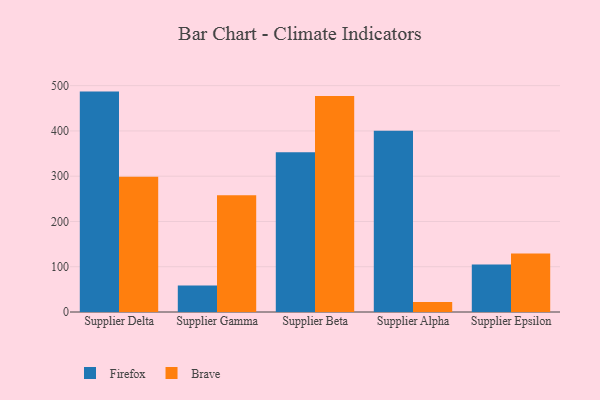
{"axis": {"x": "Supplier", "y": "Active Users"}, "legend": ["Brave", "Firefox"], "data": [{"x": "Supplier Delta", "y": 486.9, "type": "Firefox"}, {"x": "Supplier Delta", "y": 298.7, "type": "Brave"}, {"x": "Supplier Gamma", "y": 58.3, "type": "Firefox"}, {"x": "Supplier Gamma", "y": 257.9, "type": "Brave"}, {"x": "Supplier Beta", "y": 353.0, "type": "Firefox"}, {"x": "Supplier Beta", "y": 477.1, "type": "Brave"}, {"x": "Supplier Alpha", "y": 400.5, "type": "Firefox"}, {"x": "Supplier Alpha", "y": 22.3, "type": "Brave"}, {"x": "Supplier Epsilon", "y": 104.8, "type": "Firefox"}, {"x": "Supplier Epsilon", "y": 129.2, "type": "Brave"}]}